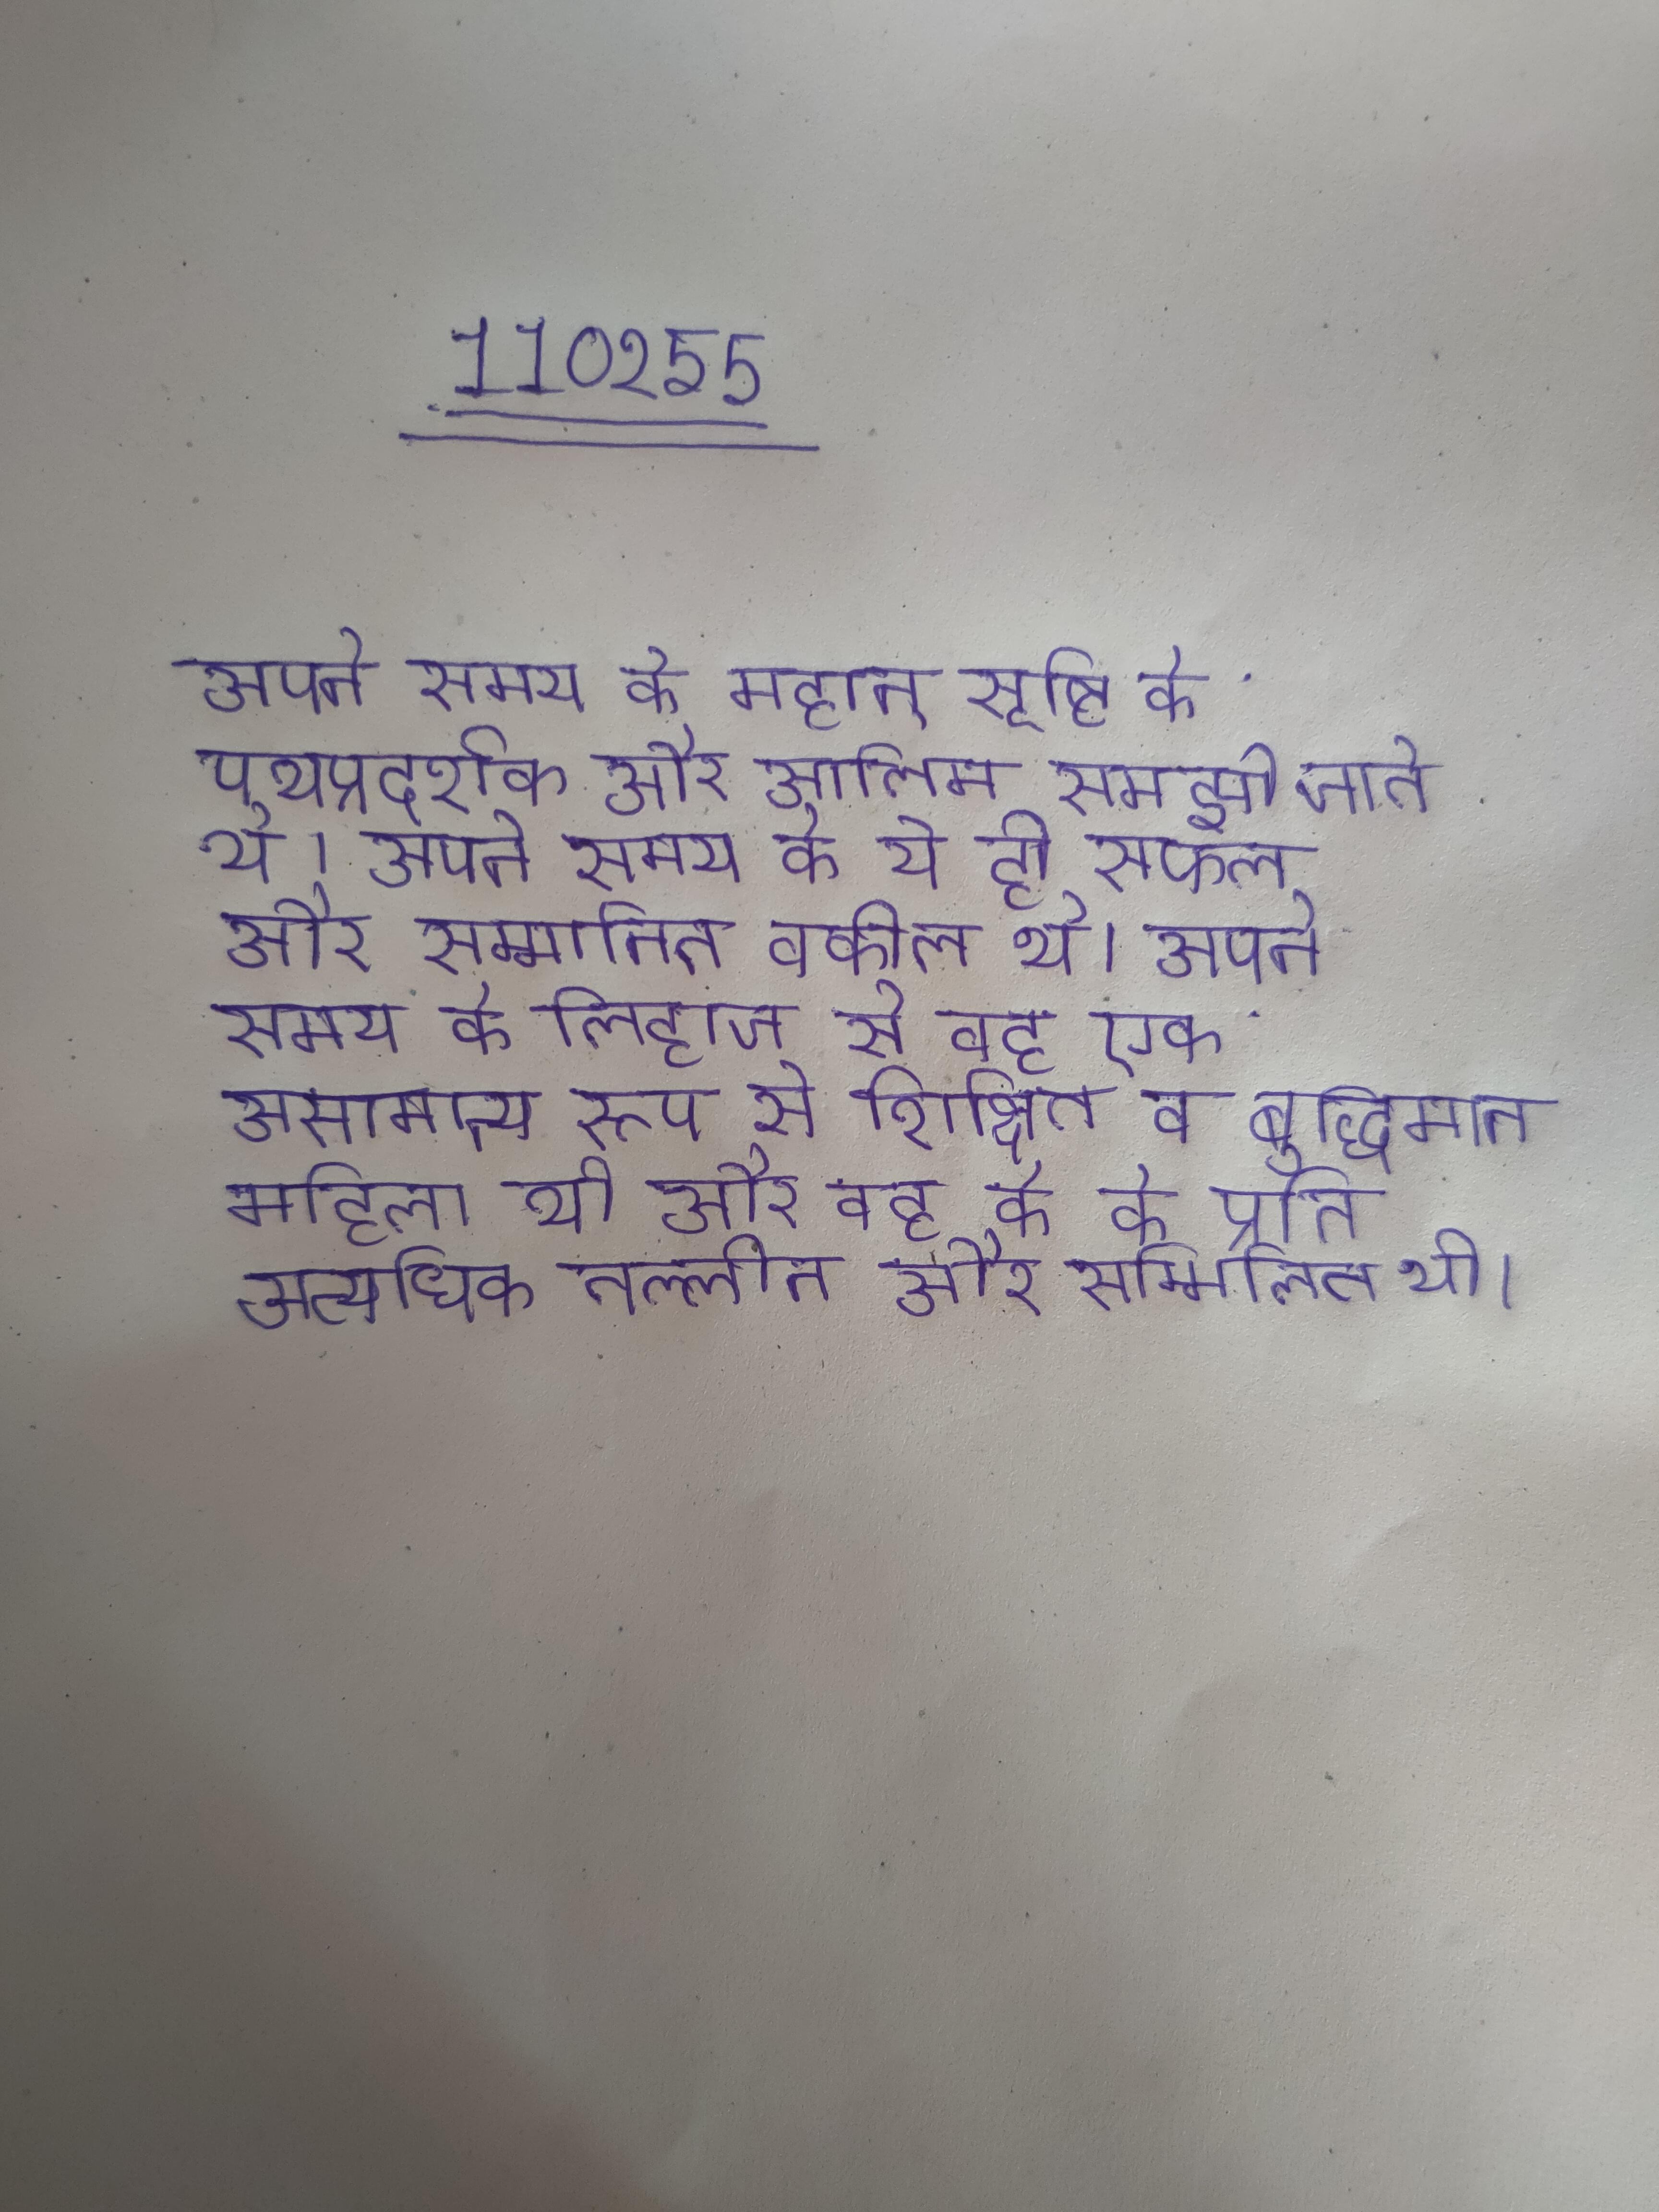
अपने समय के महान् सृष्टि के पथप्रदर्शक और आलिम समझे जाते थे । अपने समय के ये ही सफल और सम्मानित वकील थे । अपने समय के लिहाज से वह एक असामान्य रूप से शिक्षित व बुद्धिमान महिला थी और वह के के प्रति अत्यधिक तल्लीन और सम्मिलित थी ।